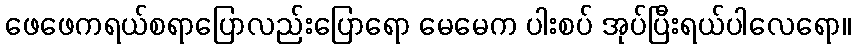
ဖေဖေကရယ်စရာပြောလည်းပြောရော မေမေက ပါးစပ် အုပ်ပြီးရယ်ပါလေရော။